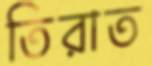
তিরাত